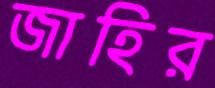
জাহির